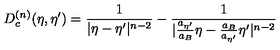
D _ { c } ^ { ( n ) } ( \eta , { \eta } ^ { \prime } ) = \frac { 1 } { | { \eta } - { \eta } ^ { \prime } | ^ { n - 2 } } - \frac { 1 } { | \frac { a _ { { \eta } ^ { \prime } } } { a _ { B } } { \eta } - \frac { a _ { B } } { a _ { { \eta } ^ { \prime } } } { \eta } ^ { \prime } | ^ { n - 2 } }